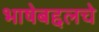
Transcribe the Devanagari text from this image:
भाषेबद्दलचे